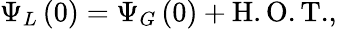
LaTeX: \Psi_{L}\left(0\right)=\Psi_{G}\left(0\right)+{\mathrm{H.O.T.}},